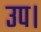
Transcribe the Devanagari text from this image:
उप।